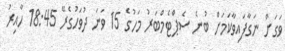
ވަގަށް ނަގާފައިވާކަމަށް ބުނެ ސެޕްޓެމްބަރު މަހުގެ 15 ވަނަ ދުވަހުގެރޭ 18:45 ހާއިރު